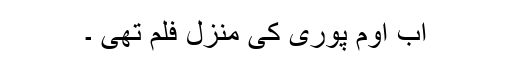
اب اوم پوری کی منزل فلم تھی ۔